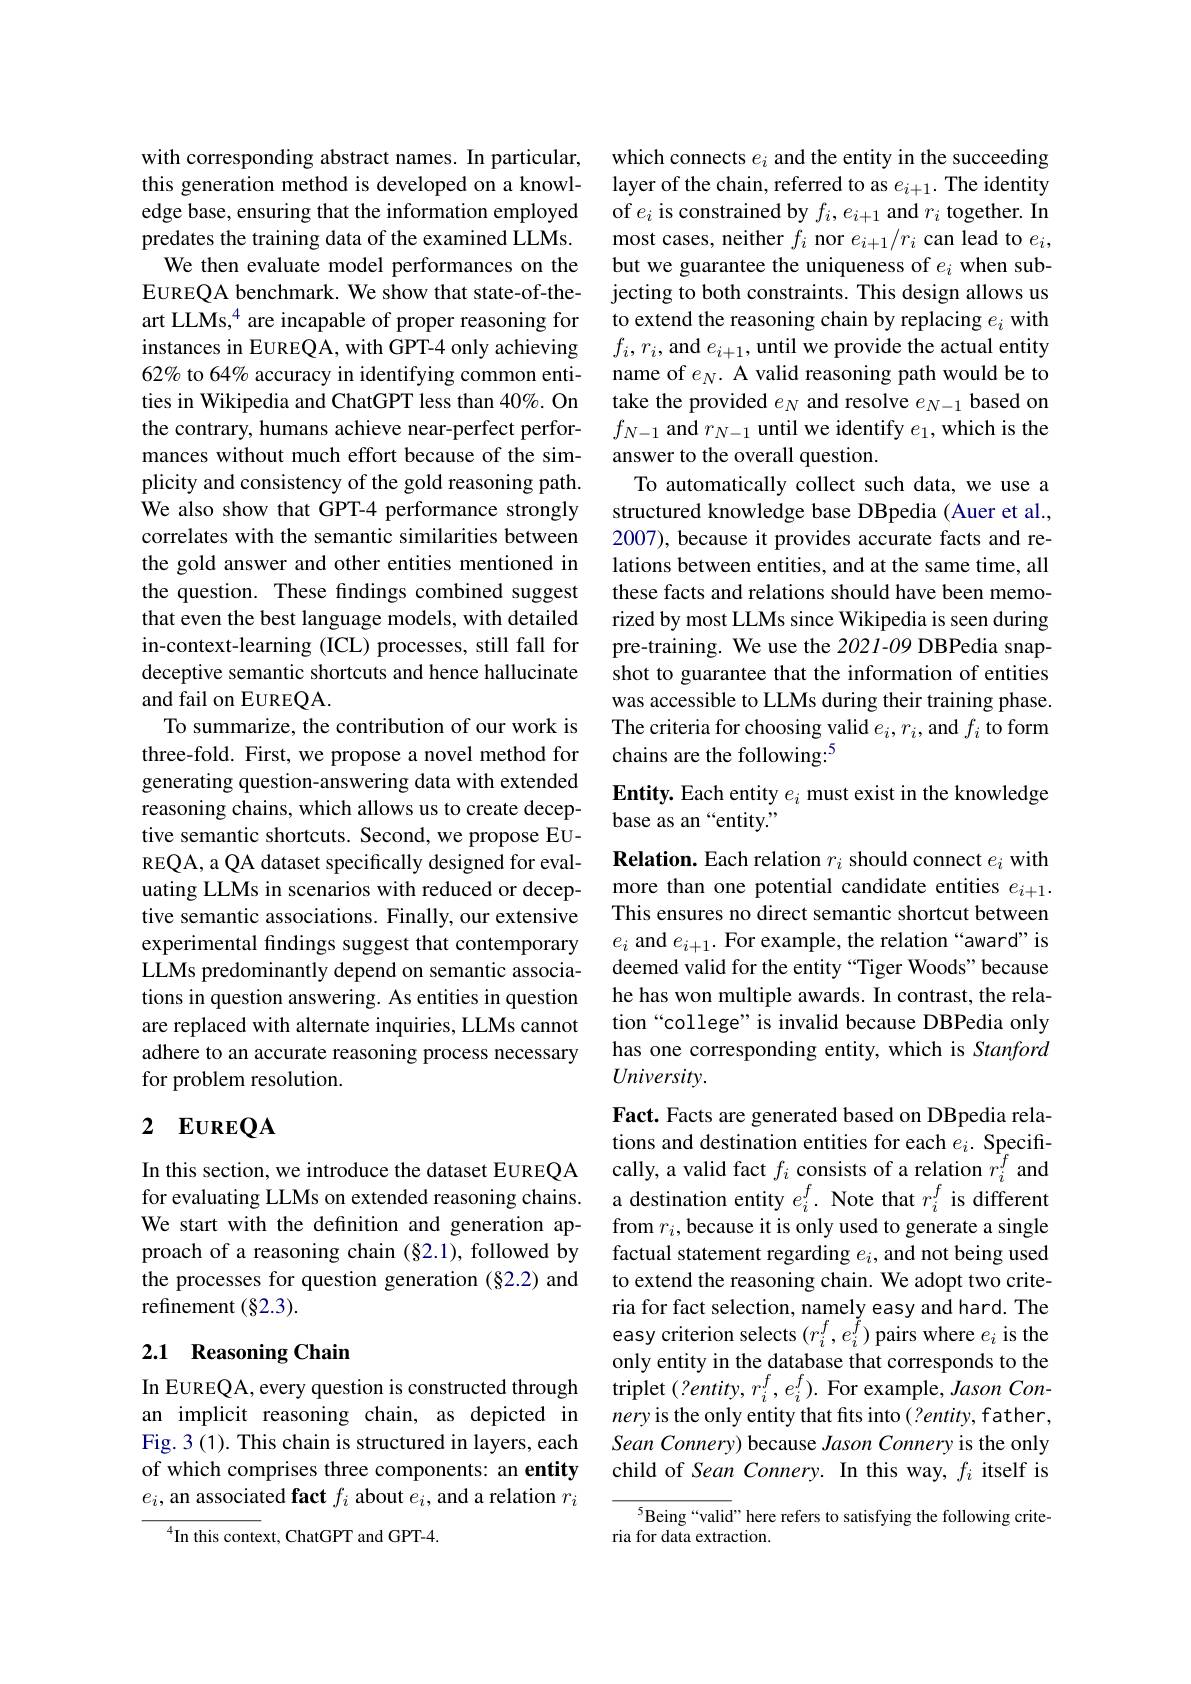
with corresponding abstract names. In particular, this generation method is developed on a knowledge base, ensuring that the information employed predates the training data of the examined LLMs.
We then evaluate model performances on the EUREQA benchmark. We show that state-of-theart LLMs,$^{4}$ are incapable of proper reasoning for instances in EUREQA, with GPT-4 only achieving 62% to 64% accuracy in identifying common entities in Wikipedia and ChatGPT less than 40%. On the contrary, humans achieve near-perfect performances without much effort because of the simplicity and consistency of the gold reasoning path. We also show that GPT-4 performance strongly correlates with the semantic similarities between the gold answer and other entities mentioned in the question. These findings combined suggest that even the best language models, with detailed in-context-learning (ICL) processes, still fall for deceptive semantic shortcuts and hence hallucinate and fail on EUREQA.
To summarize, the contribution of our work is three-fold. First, we propose a novel method for generating question-answering data with extended reasoning chains, which allows us to create deceptive semantic shortcuts. Second, we propose EUREQA, a QA dataset specifically designed for evaluating LLMs in scenarios with reduced or deceptive semantic associations. Finally, our extensive experimental findings suggest that contemporary LLMs predominantly depend on semantic associations in question answering. As entities in question are replaced with alternate inquiries, LLMs cannot adhere to an accurate reasoning process necessary for problem resolution.

## 2 $\mathbf{EUREQA}$

In this section, we introduce the dataset EUREQA for evaluating LLMs on extended reasoning chains. We start with the definition and generation approach of a reasoning chain (§2.1), followed by the processes for question generation (§2.2) and refinement $(\S2.3).$

## 2.1 Reasoning Chain

In EUREQA, every question is constructed through an implicit reasoning chain, as depicted in Fig. 3 (1). This chain is structured in layers, each of which comprises three components: an entity $e_i$, an associated fact $f_i$ about $e_i$, and a relation $r_i$

$^{4}$In this context, ChatGPT and GPT-4.

which connects $e_i$ and the entity in the succeeding layer of the chain, referred to as $e_i+1.$ The identity of $e_i$ is constrained by $f_i,e_{i+1}$ and $r_i$ together. In most cases, neither $f_i$ nor $e_i+1/r_i$ can lead to $e_i$, but we guarantee the uniqueness of $e_i$ when subjecting to both constraints. This design allows us to extend the reasoning chain by replacing $e_i$ with $f_i,r_i$, and $e_i+1$, until we provide the actual entity name of $e_N.$ A valid reasoning path would be to take the provided $e_N$ and resolve $e_N-1$ based on $f_{N-1}$ and $r_N-1$ until we identify $e_1$, which is the answer to the overall question.
To automatically collect such data, we use a structured knowledge base DBpedia (Auer et al., 2007), because it provides accurate facts and relations between entities, and at the same time, all these facts and relations should have been memorized by most LLMs since Wikipedia is seen during pre-training. We use the 2021-09 DBPedia snapshot to guarantee that the information of entities was accessible to LLMs during their training phase. The criteria for choosing valid $e_i,r_i$,and $f_i$ to form chains are the following:$^{5}$
Entity. Each entity $e_i$ must exist in the knowledge

base as an “entity.”

Relation. Each relation $r_i$ should connect $e_i$ with more than one potential candidate entities $e_{i+1}.$ This ensures no direct semantic shortcut between $e_i$ and $e_i+1.$ For example, the relation“award”is deemed valid for the entity “Tiger Woods”because he has won multiple awards. In contrast, the relation “college” is invalid because DBPedia only has one corresponding entity, which is Stanford University.

Fact. Facts are generated based on DBpedia relations and destination entities for each $e_i.$ Specifically, a valid fact $f_i$ consists of a relation $r_i^f$ and a destination entity $e_i^f.$ Note that $r_i^f$ is different from $r_i$,because it is only used to generate a single factual statement regarding $e_i$, and not being used to extend the reasoning chain. We adopt two criteria for fact selection, namely easy and hard. The easy criterion selects $(r_i^f,e_i^{\tilde{f}})$ pairs where $e_i$ is the only entity in the database that corresponds to the triplet $(?entity,r_{i}^{f},e_{i}^{f}).$ For example, Jason Connery is the only entity that fits into (?entity, father, Sean Connery) because Jason Connery is the only child of Sean Connery. In this way, $f_i$ itself is

5Being“valid” here refers to satisfying the following crite-
ria for data extraction.